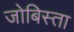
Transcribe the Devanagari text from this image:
जोबिस्ता